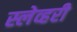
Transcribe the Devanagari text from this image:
स्लेव्हरी